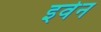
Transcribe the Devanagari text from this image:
इर्वेन